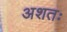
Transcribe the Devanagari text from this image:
अशतः